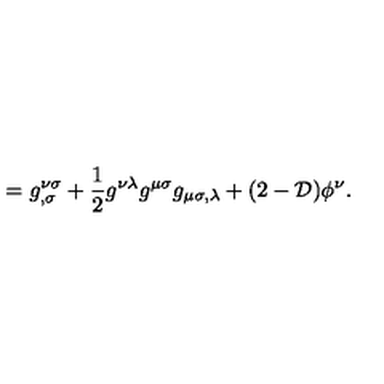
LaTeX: = g _ { , \sigma } ^ { \nu \sigma } + { \frac { 1 } { 2 } } g ^ { \nu \lambda } g ^ { \mu \sigma } g _ { \mu \sigma , \lambda } + ( 2 - { \cal D } ) \phi ^ { \nu } .